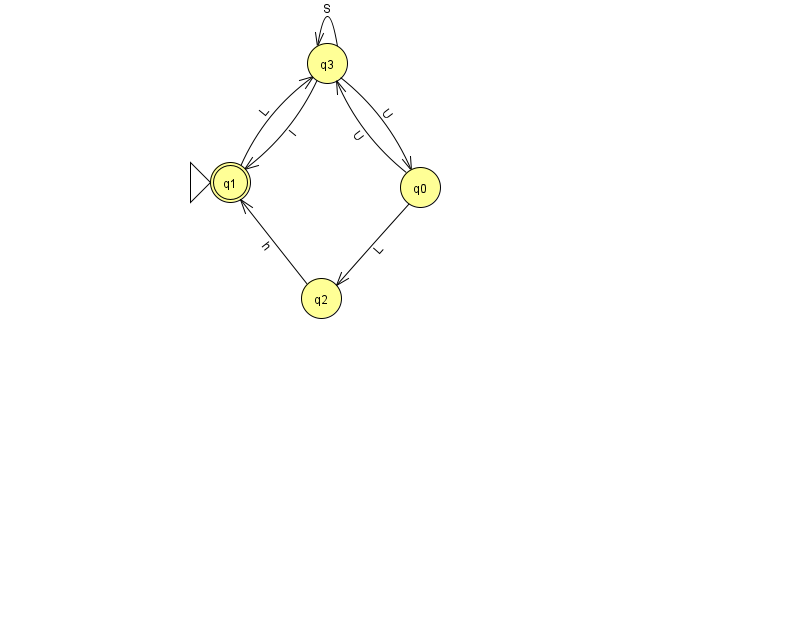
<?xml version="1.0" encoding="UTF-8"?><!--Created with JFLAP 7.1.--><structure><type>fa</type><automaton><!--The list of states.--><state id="0" name="q0"><x>420.0</x><y>174.0</y></state><state id="1" name="q1"><x>230.0</x><y>169.0</y><initial/><final/></state><state id="2" name="q2"><x>321.0</x><y>285.0</y></state><state id="3" name="q3"><x>327.0</x><y>50.0</y></state><!--The list of transitions.--><transition><from>2</from><to>1</to><read>h</read></transition><transition><from>3</from><to>1</to><read>I</read></transition><transition><from>3</from><to>3</to><read>S</read></transition><transition><from>0</from><to>3</to><read>U</read></transition><transition><from>3</from><to>0</to><read>U</read></transition><transition><from>1</from><to>3</to><read>L</read></transition><transition><from>0</from><to>2</to><read>L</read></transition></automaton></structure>